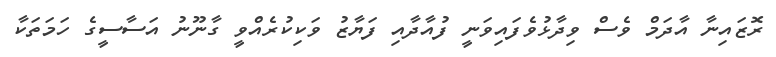
ރޮޒައިނާ އާދަމް ވެސް ވިދާޅުވެފައިވަނީ ފުއާދާއި ފަޔާޒު ވަކިކުރެއްވީ ގާނޫނު އަސާސީގެ ހަމަތަކާ